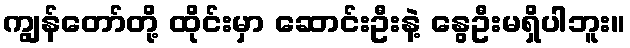
ကျွန်တော်တို့ ထိုင်းမှာ ဆောင်းဦးနဲ့ နွေဦးမရှိပါဘူး။